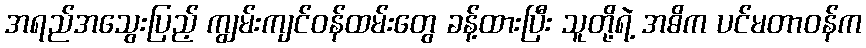
အရည်အသွေးပြည့် ကျွမ်းကျင်ဝန်ထမ်းတွေ ခန့်ထားပြီး သူတို့ရဲ့ အဓိက ပင်မတာဝန်က